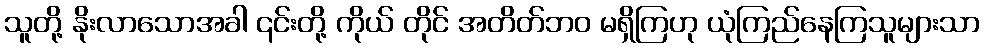
သူတို့ နိုးလာသောအခါ ၎င်းတို့ ကိုယ် တိုင် အတိတ်ဘဝ မရှိကြဟု ယုံကြည်နေကြသူများသာ